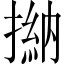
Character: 㨥